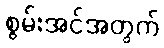
စွမ်းအင်အတွက်